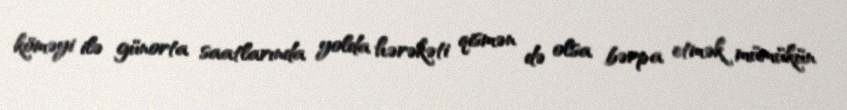
köməyi ilə günorta saatlarında yolda hərəkəti qismən də olsa bərpa etmək mümükün